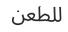
للطعن